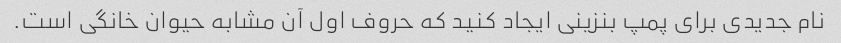
نام جدیدی برای پمپ بنزینی ایجاد کنید که حروف اول آن مشابه حیوان خانگی است.